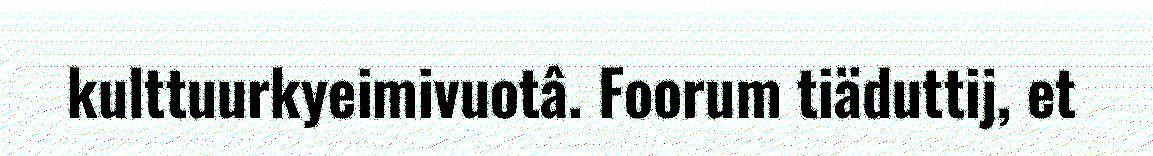
kulttuurkyeimivuotâ. Foorum tiäduttij, et